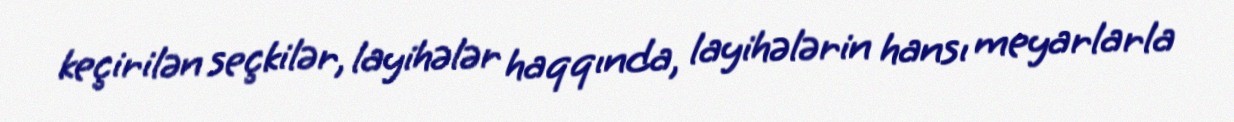
keçirilən seçkilər, layihələr haqqında, layihələrin hansı meyarlarla